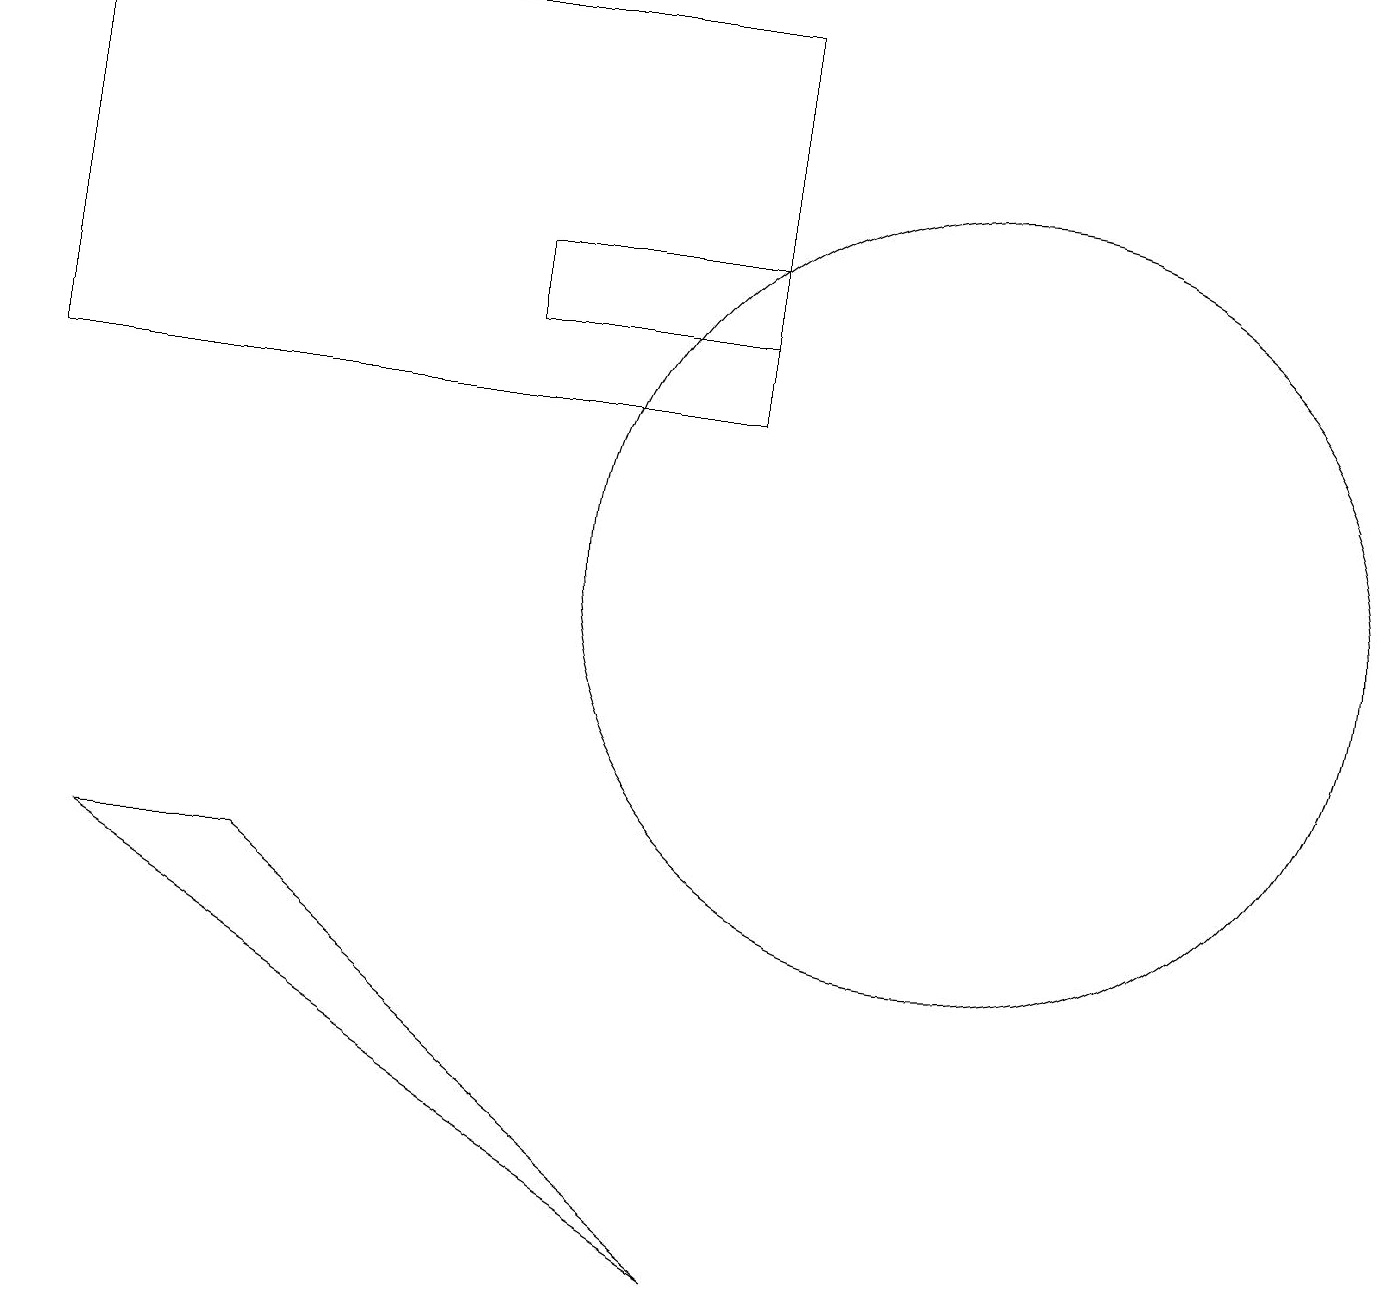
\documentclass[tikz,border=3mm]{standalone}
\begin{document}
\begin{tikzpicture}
\draw (9,14) rectangle (0,19);
\draw (12,12) circle (5);
\draw (6,15) rectangle (9,16);
\draw (3,8) -- (9,3) -- (1,8) -- cycle;
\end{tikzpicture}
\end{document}